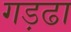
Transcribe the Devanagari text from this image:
गड़ढा